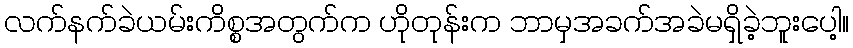
လက်နက်ခဲယမ်းကိစ္စအတွက်က ဟိုတုန်းက ဘာမှအခက်အခဲမရှိခဲ့ဘူးပေါ့။